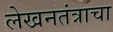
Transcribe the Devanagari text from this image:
लेखनतंत्राचा